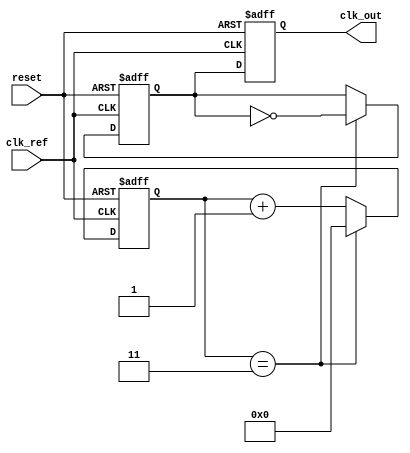
module PLL (
    input wire clk_ref,           // Reference clock input
    input wire reset,             // Asynchronous reset
    output reg clk_out            // PLL output clock
);

    // Parameters
    parameter N = 4;              // Division factor
    parameter COUNTER_MAX = 10;   // Max counter value for PFD

    // PFD signals
    reg pfd_up, pfd_down;
    reg [3:0] pfd_counter;

    // Charge Pump signals
    reg cp_out;
    reg [7:0] charge_pump_voltage; // Digital representation of voltage

    // Loop Filter signals
    reg [7:0] loop_filter_output;

    // VCO frequency control
    reg [7:0] vco_freq;

    // Divider output
    reg clk_div;

    // Frequency Divider
    reg [3:0] divider_counter;

    // PFD logic
    always @(posedge clk_ref or posedge reset) begin
        if (reset) begin
            pfd_up <= 0;
            pfd_down <= 0;
            pfd_counter <= 0;
        end else begin
            // Simple phase comparison logic (pseudo)
            if (pfd_counter < COUNTER_MAX) begin
                pfd_up <= 1;
                pfd_down <= 0;
                pfd_counter <= pfd_counter + 1;
            end else if (pfd_counter > COUNTER_MAX) begin
                pfd_up <= 0;
                pfd_down <= 1;
                pfd_counter <= pfd_counter - 1;
            end else begin
                pfd_up <= 0;
                pfd_down <= 0;
            end
        end
    end

    // Charge Pump logic
    always @(posedge clk_ref or posedge reset) begin
        if (reset) begin
            charge_pump_voltage <= 0;
            cp_out <= 0;
        end else begin
            if (pfd_up) begin
                cp_out <= 1; // Charging
                charge_pump_voltage <= charge_pump_voltage + 1;
            end else if (pfd_down) begin
                cp_out <= 0; // Discharging
                charge_pump_voltage <= charge_pump_voltage - 1;
            end else begin
                cp_out <= 0; // Hold
            end
        end
    end

    // Loop Filter (Simple first-order)
    always @(posedge clk_ref or posedge reset) begin
        if (reset) begin
            loop_filter_output <= 0;
        end else begin
            loop_filter_output <= charge_pump_voltage; // For simplicity
        end
    end

    // VCO (Simple model)
    always @(posedge clk_ref or posedge reset) begin
        if (reset) begin
            vco_freq <= 0;
        end else begin
            vco_freq <= loop_filter_output; // Control VCO frequency
        end
    end

    // Frequency Divider
    always @(posedge clk_ref or posedge reset) begin
        if (reset) begin
            clk_div <= 0;
            divider_counter <= 0;
        end else begin
            if (divider_counter == (N-1)) begin
                clk_div <= ~clk_div; // Toggle output clock
                divider_counter <= 0;
            end else begin
                divider_counter <= divider_counter + 1;
            end
        end
    end

    // Output Clock Generation
    always @(posedge clk_ref or posedge reset) begin
        if (reset) begin
            clk_out <= 0;
        end else begin
            // Use the divided clock signal
            clk_out <= clk_div;
        end
    end

endmodule